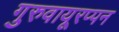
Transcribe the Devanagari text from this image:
गुरुवायूरप्पन